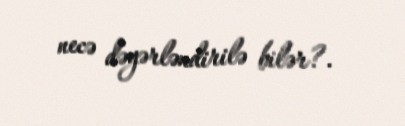
necə dəyərləndirilə bilər?.